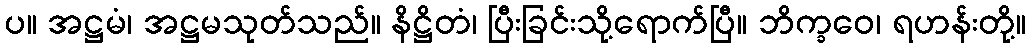
ပ။ အဋ္ဌမံ၊ အဋ္ဌမသုတ်သည်။ နိဋ္ဌိတံ၊ ပြီးခြင်းသို့ရောက်ပြီ။ ဘိက္ခဝေ၊ ရဟန်းတို့။